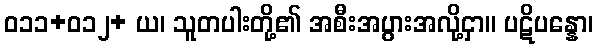
ဝ၁၁+၀၁၂+ ယ၊ သူတပါးတို့၏ အစီးအပွားအလို့ငှာ။ ပဋိပန္နော၊